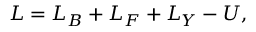
{ \cal L } = { \cal L } _ { B } + { \cal L } _ { F } + { \cal L } _ { Y } - U ,